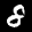
Label: 8